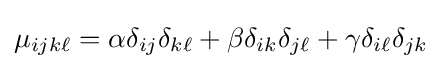
\mu _{ijk\ell }=\alpha \delta _{ij}\delta _{k\ell }+\beta \delta _{ik}\delta _{j\ell }+\gamma \delta _{i\ell }\delta _{jk}